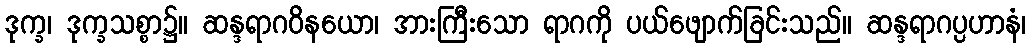
ဒုက္ခ၊ ဒုက္ခသစ္စာ၌။ ဆန္ဒရာဂဝိနယော၊ အားကြီးသော ရာဂကို ပယ်ဖျောက်ခြင်းသည်။ ဆန္ဒရာဂပ္ပဟာနံ၊